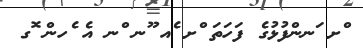
ްށ ަނންފުޅުގެ ފަހަތަ ްށ ެއ ޫނ ްނ އެ ެހން ޮގ